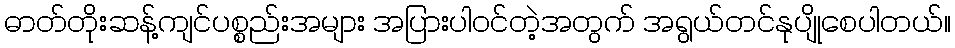
ဓာတ်တိုးဆန့်ကျင်ပစ္စည်းအများ အပြားပါဝင်တဲ့အတွက် အရွယ်တင်နုပျိုစေပါတယ်။